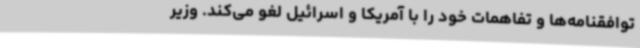
توافقنامه‌ها و تفاهمات خود را با آمریکا و اسرائیل لغو می‌کند. وزیر